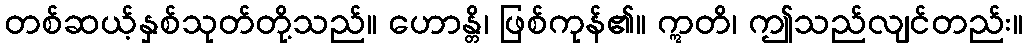
တစ်ဆယ့်နှစ်သုတ်တို့သည်။ ဟောန္တိ၊ ဖြစ်ကုန်၏။ ဣတိ၊ ဤသည်လျင်တည်း။